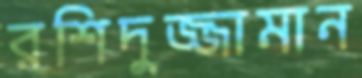
রশিদুজ্জামান